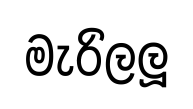
මැරිලලූ